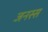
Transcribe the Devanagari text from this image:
जनस्स